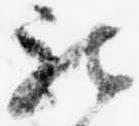
被